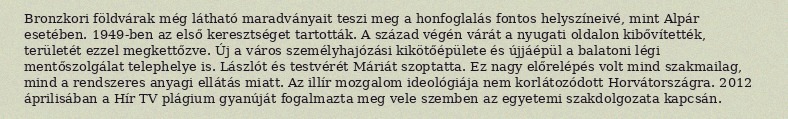
Bronzkori földvárak még látható maradványait teszi meg a honfoglalás fontos helyszíneivé, mint Alpár esetében. 1949-ben az első keresztséget tartották. A század végén várát a nyugati oldalon kibővítették, területét ezzel megkettőzve. Új a város személyhajózási kikötőépülete és újjáépül a balatoni légi mentőszolgálat telephelye is. Lászlót és testvérét Máriát szoptatta. Ez nagy előrelépés volt mind szakmailag, mind a rendszeres anyagi ellátás miatt. Az illír mozgalom ideológiája nem korlátozódott Horvátországra. 2012 áprilisában a Hír TV plágium gyanúját fogalmazta meg vele szemben az egyetemi szakdolgozata kapcsán.